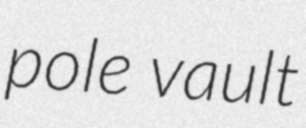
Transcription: pole vault